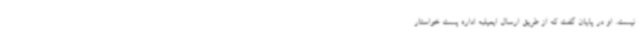
نیست. او در پایان گفت که از طریق ارسال ایمیلبه اداره پست خواستار